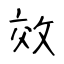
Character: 效